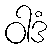
ဝါဒံ